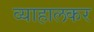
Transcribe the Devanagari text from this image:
व्याहालकर